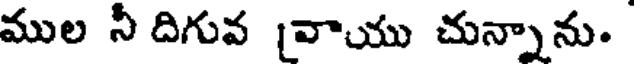
ముల నీ దిగువ [వాయు చున్నాను.